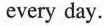
every day.